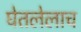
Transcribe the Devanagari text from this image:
घेतलेलाच